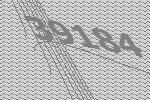
39184